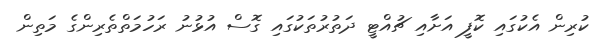
ކުރިން އެކުގައި ކޮފީ އަށާއި ޗުއްޓީ ދަތުރުތަކުގައި ގޮސް އުޅުނު ރަހުމަތްތެރިންގެ މަތިން